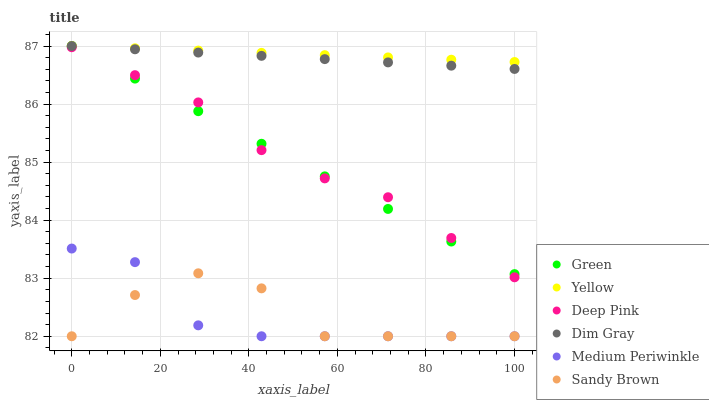
| xaxis_label | Green | Yellow | Deep Pink | Dim Gray | Medium Periwinkle | Sandy Brown |
 | --- | --- | --- | --- | --- | --- | --- |
 | 0 | 87 | 87 | 87 | 87 | 83.5 | 82 |
 | 14.3 | 86.4 | 87 | 86.5 | 86.9 | 83.3 | 82.7 |
 | 28.6 | 85.9 | 86.9 | 86 | 86.9 | 82.2 | 83.1 |
 | 42.9 | 85.3 | 86.9 | 85.2 | 86.8 | 82 | 82.8 |
 | 57.1 | 84.8 | 86.8 | 84.7 | 86.8 | 82 | 82 |
 | 71.4 | 84.2 | 86.8 | 84.4 | 86.7 | 82 | 82 |
 | 85.7 | 83.6 | 86.8 | 83.7 | 86.7 | 82 | 82 |
 | 100 | 83.1 | 86.7 | 83 | 86.6 | 82 | 82 |